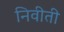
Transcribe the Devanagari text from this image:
निवीती